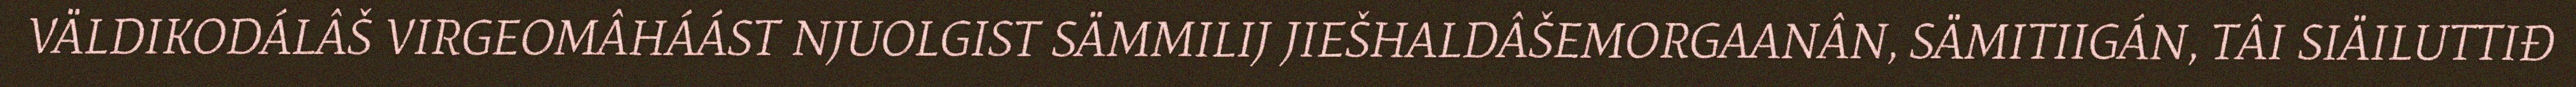
VÄLDIKODÁLÂŠ VIRGEOMÂHÁÁST NJUOLGIST SÄMMILIJ JIEŠHALDÂŠEMORGAANÂN, SÄMITIIGÁN, TÂI SIÄILUTTIĐ